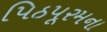
પિઠપૂરમના